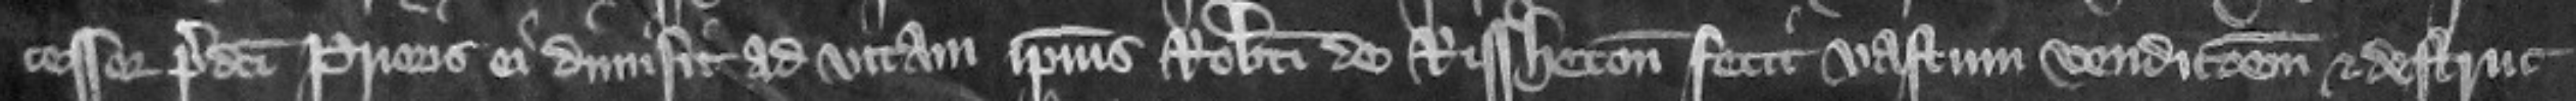
cessor predicti prioris ei dimisit ad vitam ipsius Roberti de Rissheton fecit vastum vendicionem et destruc